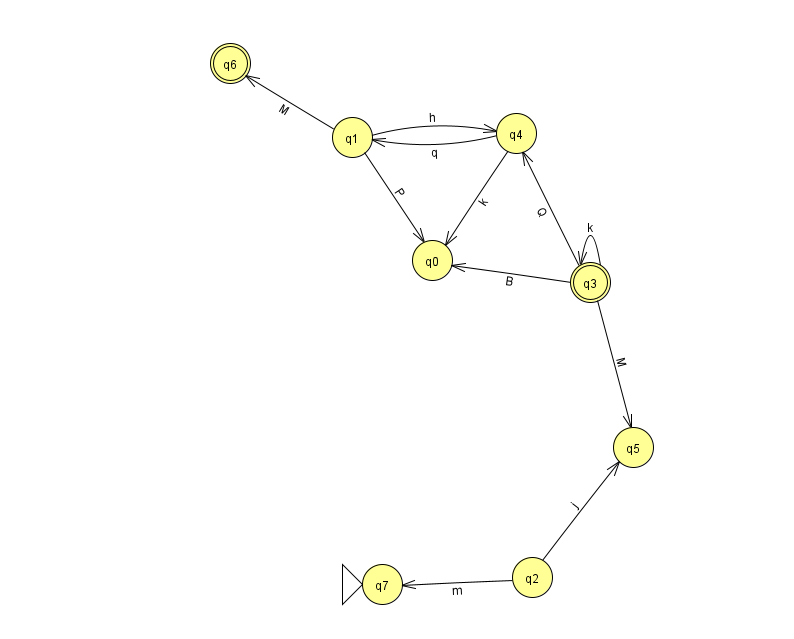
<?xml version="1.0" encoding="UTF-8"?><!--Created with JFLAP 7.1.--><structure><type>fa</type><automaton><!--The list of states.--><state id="0" name="q0"><x>432.0</x><y>247.0</y></state><state id="1" name="q1"><x>352.0</x><y>124.0</y></state><state id="2" name="q2"><x>532.0</x><y>564.0</y></state><state id="3" name="q3"><x>590.0</x><y>269.0</y><final/></state><state id="4" name="q4"><x>516.0</x><y>120.0</y></state><state id="5" name="q5"><x>633.0</x><y>434.0</y></state><state id="6" name="q6"><x>230.0</x><y>50.0</y><final/></state><state id="7" name="q7"><x>382.0</x><y>571.0</y><initial/></state><!--The list of transitions.--><transition><from>1</from><to>0</to><read>P</read></transition><transition><from>2</from><to>5</to><read>j</read></transition><transition><from>3</from><to>0</to><read>B</read></transition><transition><from>4</from><to>0</to><read>k</read></transition><transition><from>2</from><to>7</to><read>m</read></transition><transition><from>1</from><to>4</to><read>h</read></transition><transition><from>3</from><to>5</to><read>M</read></transition><transition><from>3</from><to>4</to><read>Q</read></transition><transition><from>3</from><to>3</to><read>k</read></transition><transition><from>4</from><to>1</to><read>q</read></transition><transition><from>1</from><to>6</to><read>M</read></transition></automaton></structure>